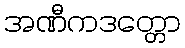
အဏီကဒတ္တော